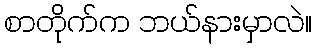
စာတိုက်က ဘယ်နားမှာလဲ။